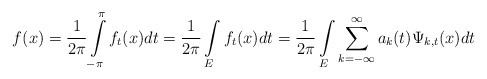
\begin{align*}f(x)=\frac{1}{2\pi}\int\limits_{-\pi}^{\pi}f_{t}(x)dt=\frac{1}{2\pi}\int\limits_{E}f_{t}(x)dt=\frac{1}{2\pi}\int\limits_{E}\sum\limits_{k=-\infty}^{\infty}a_{k}(t)\Psi_{k,t}(x)dt\end{align*}